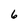
Character: 6